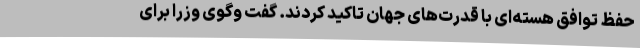
حفظ توافق هسته‌ای با قدرت‌های جهان تاکید کردند. گفت وگوی وزرا برای